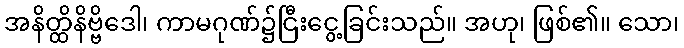
အနိတ္ထိနိဗ္ဗိဒေါ၊ ကာမဂုဏ်၌ငြီးငွေ့ခြင်းသည်။ အဟု၊ ဖြစ်၏။ သော၊